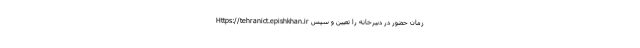
Https://tehranict.epishkhan.ir زمان حضور در دبیرخانه را تعیین و سپس